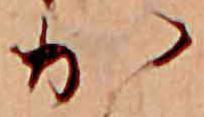
か